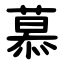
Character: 慕